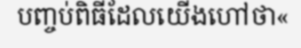
បញ្ចប់ពិធីដែលយើងហៅថា«